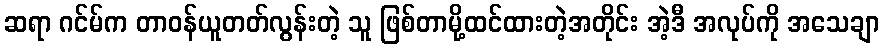
ဆရာ ဂင်မ်က တာဝန်ယူတတ်လွန်းတဲ့ သူ ဖြစ်တာမို့ထင်ထားတဲ့အတိုင်း အဲ့ဒီ အလုပ်ကို အသေချာ